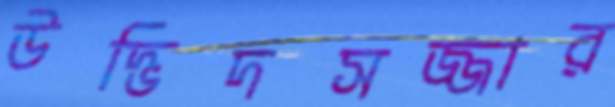
উদ্ভিদসজ্জার